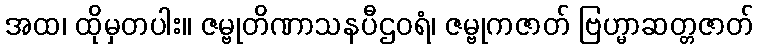
အထ၊ ထိုမှတပါး။ ဇမ္ဗုတိဏာသနပီဌဝရံ၊ ဇမ္ဗုကဇာတ် ဗြဟ္မာဆတ္တဇာတ်